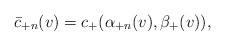
\begin{align*} \bar{c}_{+n}(v)=c_+(\alpha_{+n}(v),\beta_+(v)),\end{align*}